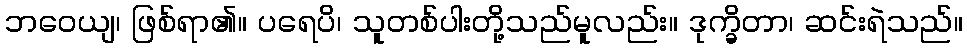
ဘဝေယျ၊ ဖြစ်ရာ၏။ ပရေပိ၊ သူတစ်ပါးတို့သည်မူလည်း။ ဒုက္ခိတာ၊ ဆင်းရဲသည်။